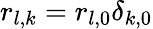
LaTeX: r_{l,k}=r_{l,0}\delta_{k,0}